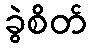
ခွဲစိတ်